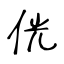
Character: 侊